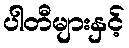
ပါတီများနှင့်